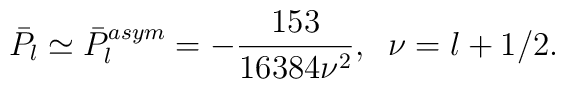
\bar{P}_l\simeq\bar{P}_l^{asym}=-\frac{153}{16384\nu^2},\;\;\nu=l+1/2.